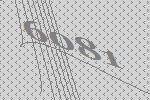
6081